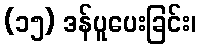
(၁၅) ဒန်ပူပေးခြင်း၊